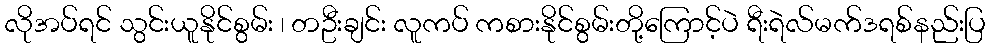
လိုအပ်ရင် သွင်းယူနိုင်စွမ်း ၊ တဦးချင်း လူကပ် ကစားနိုင်စွမ်းတို့ကြောင့်ပဲ ရီးရဲလ်မက်ဒရစ်နည်းပြ